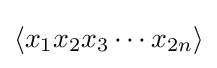
\left\langle x_{1}x_{2}x_{3}\cdots x_{2n}\right\rangle